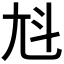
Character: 𡯏